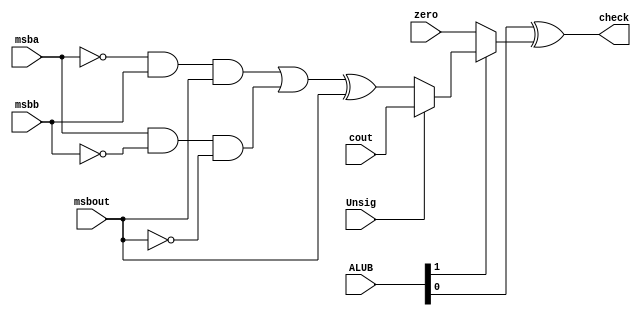
`timescale 1ns / 1ps
module BranchUnit(
    output check,
    input [1:0] ALUB,
    input Unsig,
    input msba,
    input msbb,
    input msbout,
    input cout,
    input zero
    );
    
    wire overflow,blt,set0,set1;
    
    assign overflow = (~msba & msbb & msbout) | (msba & ~msbb & ~msbout);
    assign blt = overflow ^ msbout;
    
    assign set0 = Unsig ? cout : blt;
    assign set1 = ALUB[1] ? set0 : zero;
    assign check = ALUB[0] ^ set1;
    
endmodule